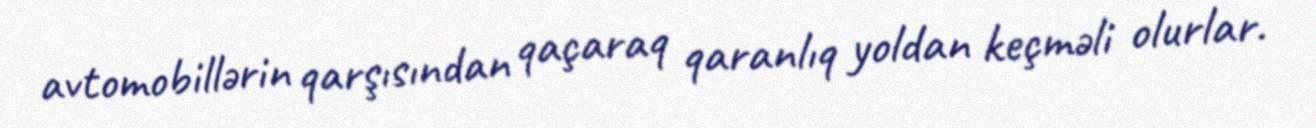
avtomobillərin qarşısından qaçaraq qaranlıq yoldan keçməli olurlar.